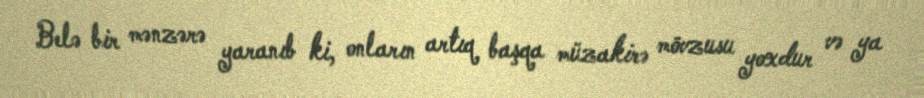
Belə bir mənzərə yaranıb ki, onların artıq başqa müzakirə mövzusu yoxdur və ya